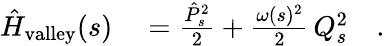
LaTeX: \begin{array}{rl}{\hat{H}_{\mathrm{valley}}(s)}&{{}=\frac{\hat{P}_{s}^{2}}{2}+\frac{\omega(s)^{2}}{2}\, Q_{s}^{2}\quad.}\end{array}